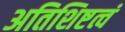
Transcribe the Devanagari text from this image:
अतिशिष्टत्वं